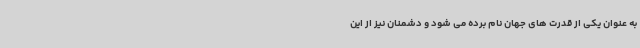
به عنوان یکی از قدرت های جهان نام برده می شود و دشمنان نیز از این